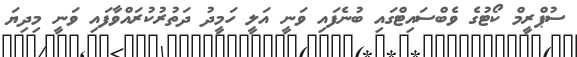
ސުޕްރީމް ކޯޓުގެ ވެބްސައިޓްގައި ބުނެފައި ވަނީ އަލީ ހަމީދު ދަތުރުކުރައްވާފައި ވަނީ މިދިޔަ